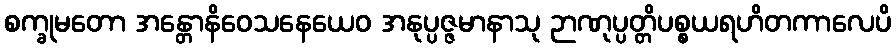
စက္ခုမတော အန္တောနိဝေသနေယေဝ အနုပ္ပဇ္ဇမာနာသု ဉာဏုပ္ပတ္တိပစ္စယရဟိတကာလေပိ